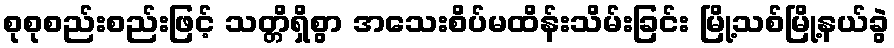
စုစုစည်းစည်းဖြင့် သတ္တိရှိစွာ အသေးစိပ်မထိန်းသိမ်းခြင်း မြို့သစ်မြို့နယ်ခွဲ